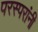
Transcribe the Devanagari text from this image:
परस्परांनी